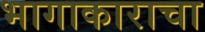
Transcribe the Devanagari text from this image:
भागाकाराचा